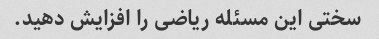
سختی این مسئله ریاضی را افزایش دهید.